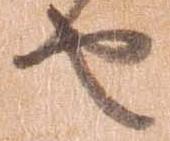
せ